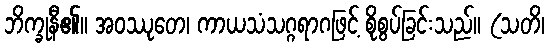
ဘိက္ခုနီ၏။ အဝဿုတေ၊ ကာယသံသဂ္ဂရာဂဖြင့် စိုစွပ်ခြင်းသည်။ (သတိ၊